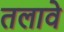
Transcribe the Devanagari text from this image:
तलावे